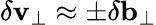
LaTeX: \delta\mathbf{v_{\perp}}\approx\pm\delta\mathbf{b_{\perp}}